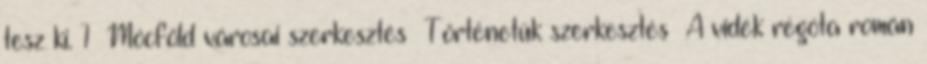
tesz ki. 1 Mócföld városai szerkesztés Történetük szerkesztés A vidék régóta román